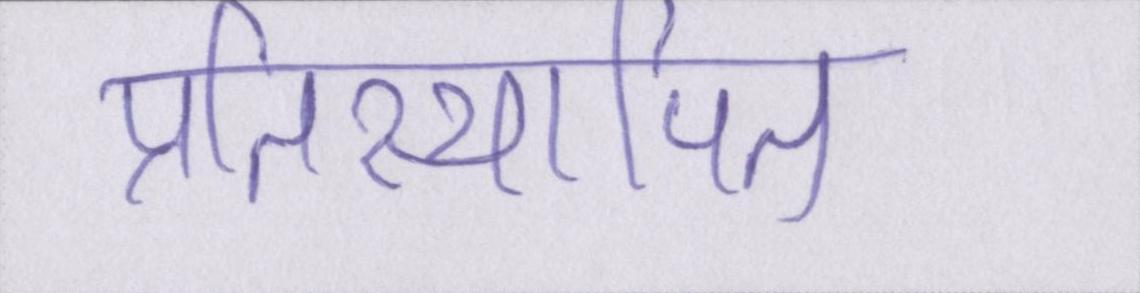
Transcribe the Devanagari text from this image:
प्रतिस्थापित